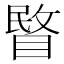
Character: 睯